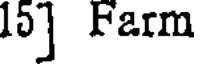
15] Farm